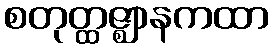
စတုတ္ထဇ္ဈာနကထာ